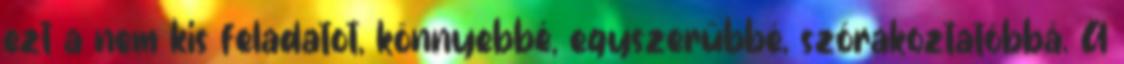
ezt a nem kis feladatot, könnyebbé, egyszerűbbé, szórakoztatóbbá. A